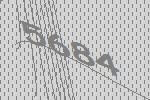
5684